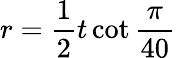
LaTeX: r={\frac{1}{2}}t\cot{\frac{\pi}{40}}